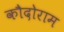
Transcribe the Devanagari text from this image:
कौदोराम